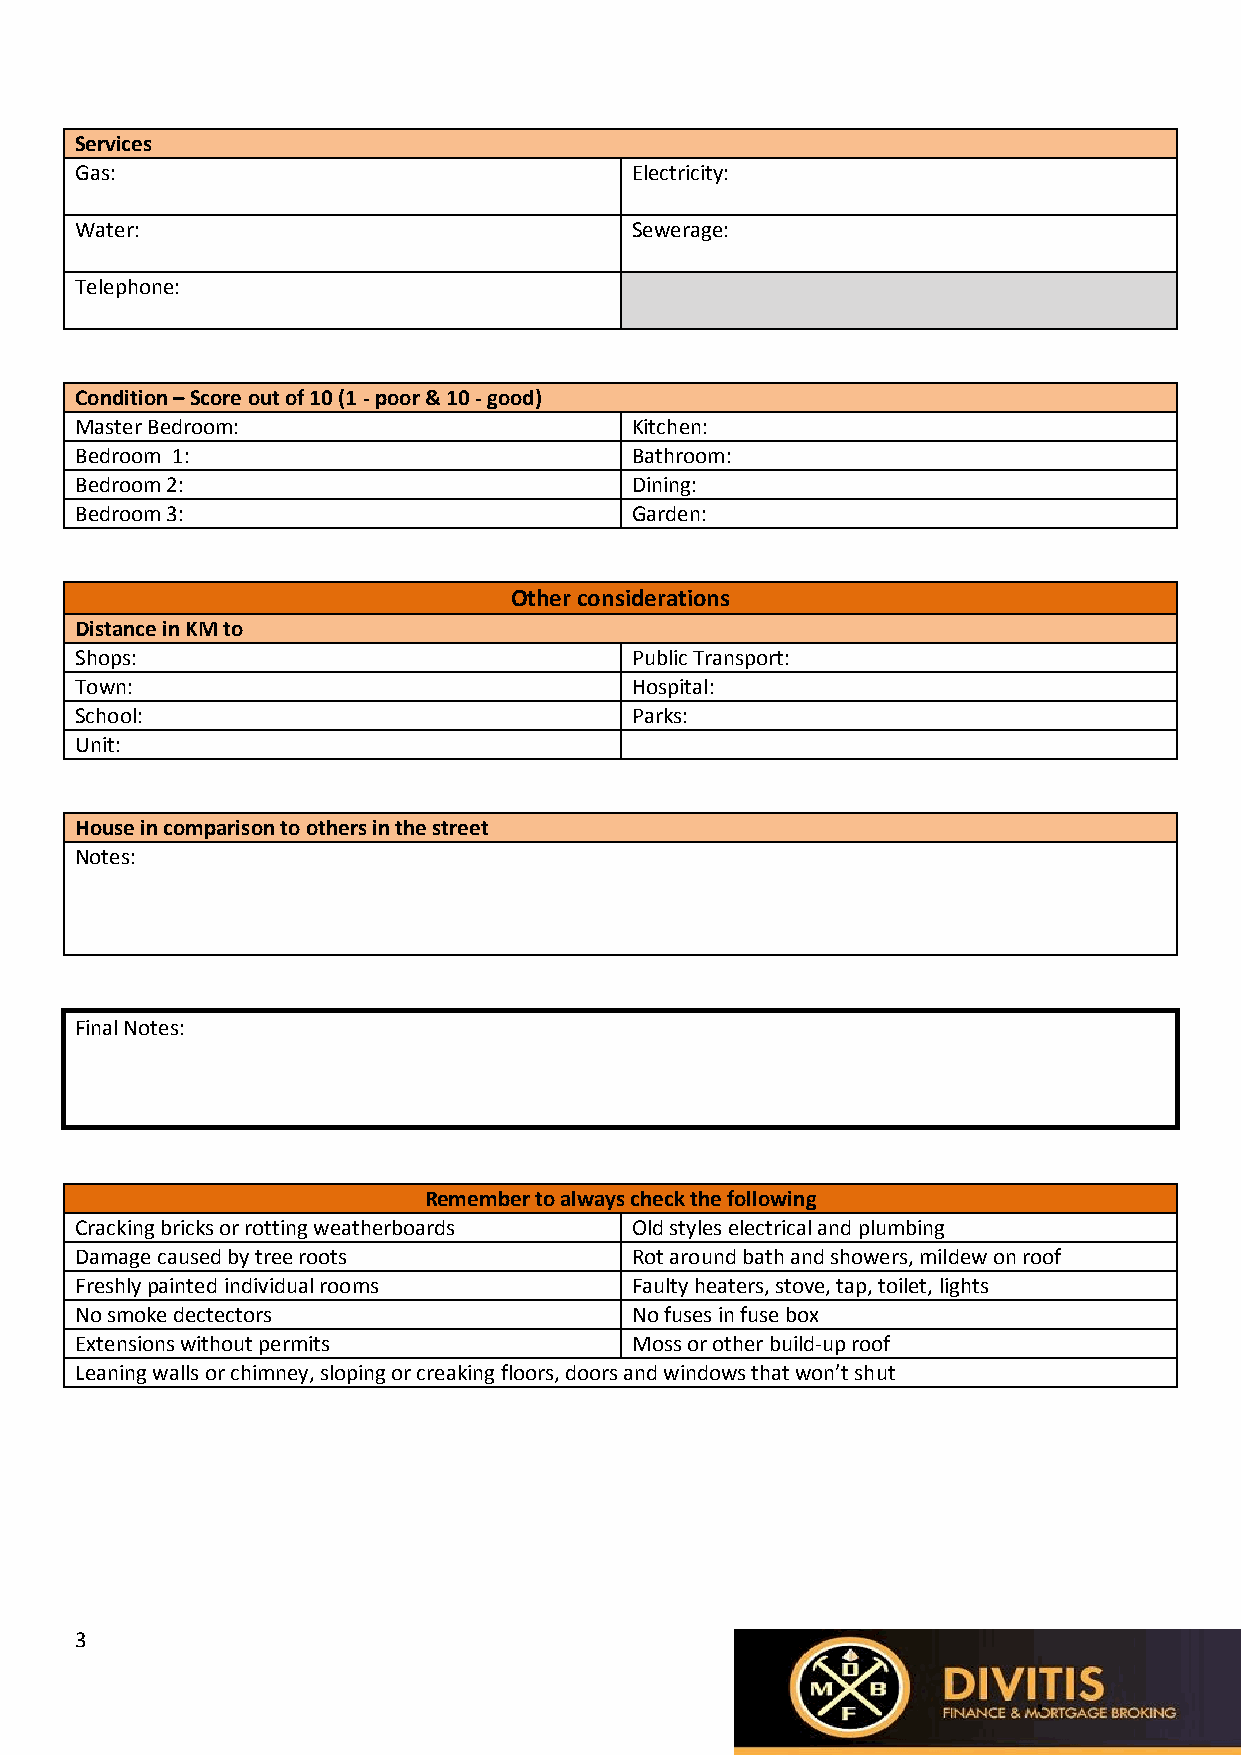
Services
 Gas:                                 Electricity:
 Water:                               Sewerage:
 Telephone:
 Condition – Score out of 10 (1 - poor & 10 - good)
 Master Bedroom:                      Kitchen:
 Bedroom 1:                           Bathroom:
 Bedroom 2:                           Dining:
 Bedroom 3:                           Garden:
 Other considerations
 Distance in KM to
 Shops:                               Public Transport:
 Town:                                Hospital:
 School:                              Parks:
 Unit:
 House in comparison to others in the street
 Notes:
 Final Notes:
 Remember to always check the following
 Cracking bricks or rotting weatherboards Old styles electrical and plumbing
 Damage caused by tree roots          Rot around bath and showers, mildew on roof
 Freshly painted individual rooms     Faulty heaters, stove, tap, toilet, lights
 No smoke dectectors                  No fuses in fuse box
 Extensions without permits           Moss or other build-up roof
 Leaning walls or chimney, sloping or creaking floors, doors and windows that won’t shut
 3